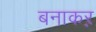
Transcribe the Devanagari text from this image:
बनाकऱ